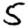
Digit: 5